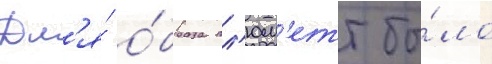
Дл'я́ о́браза пл'юм'етт бы́ло